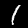
Label: 1